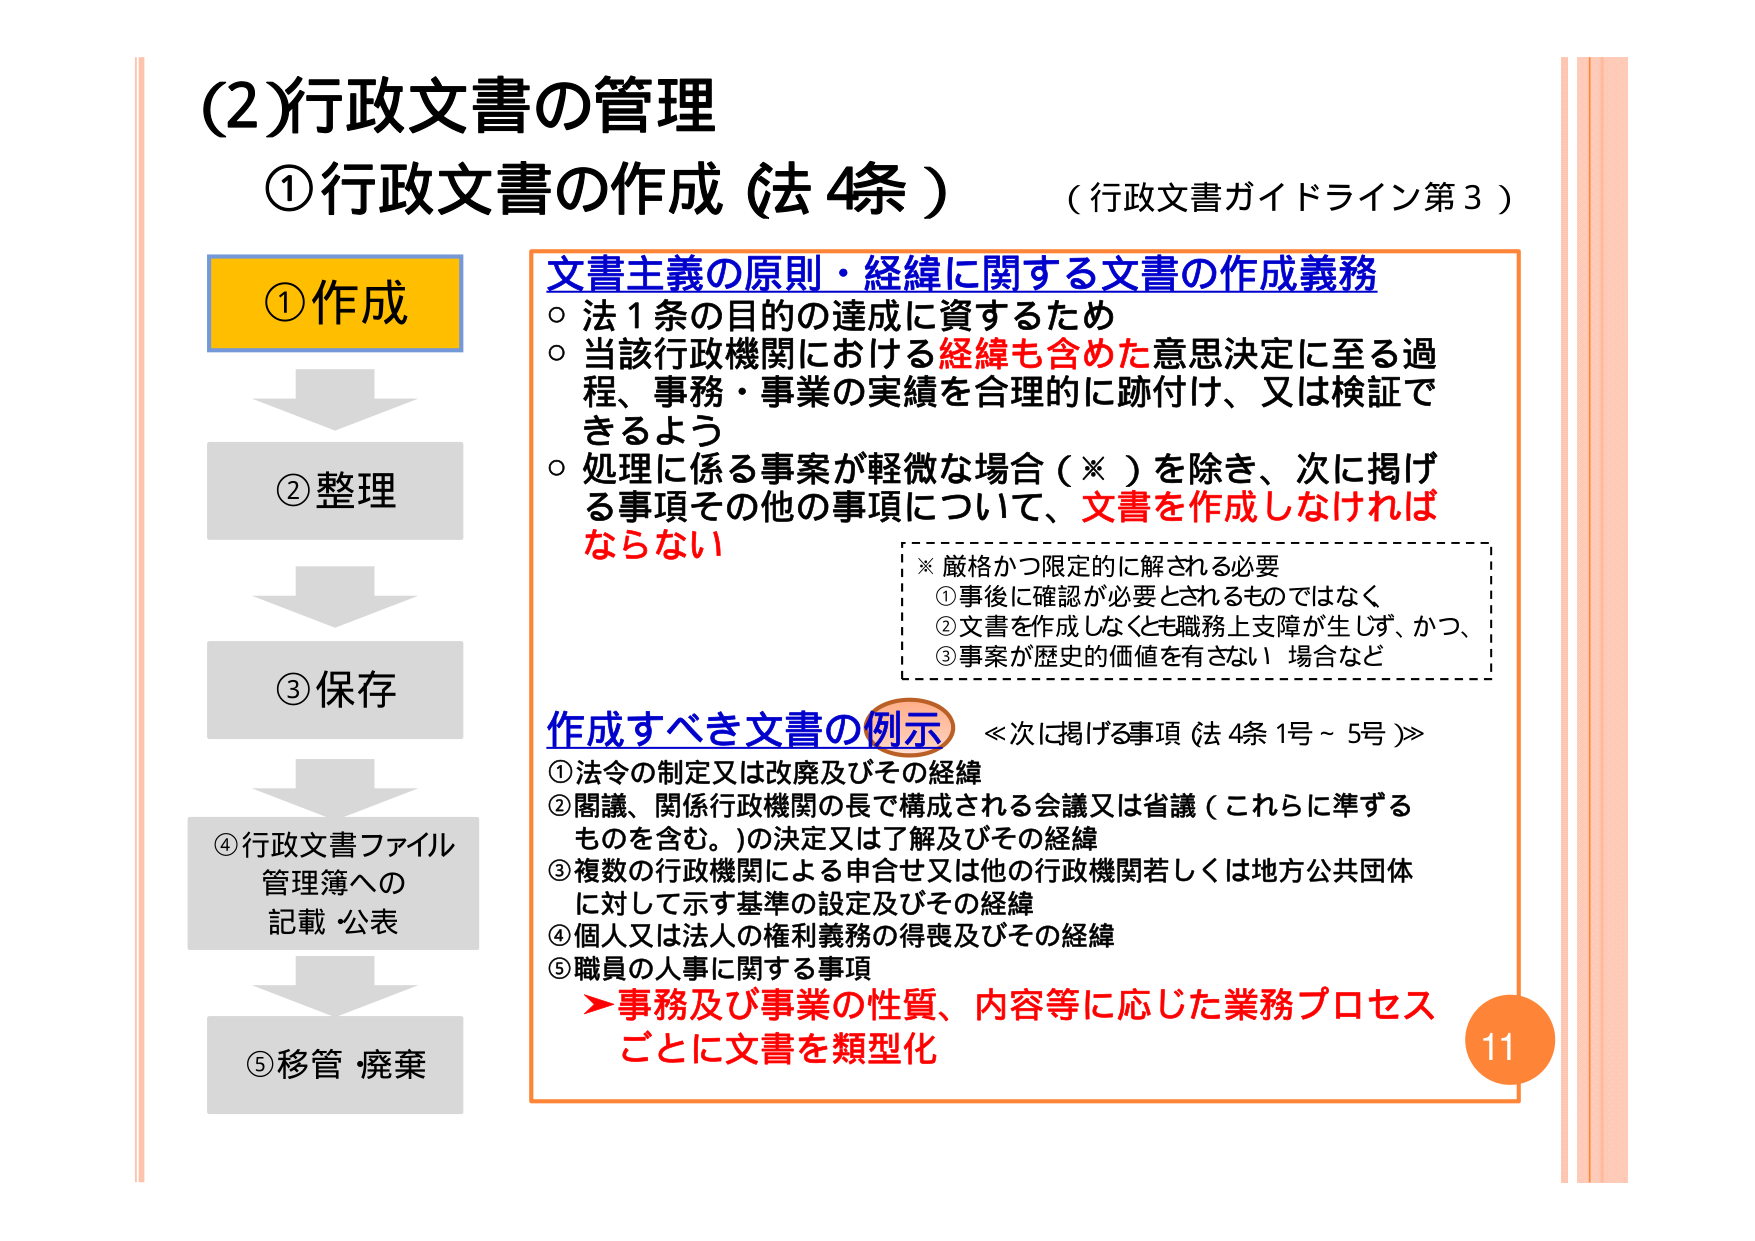
(2)行政文書の管理
①行政文書の作成（法4条） （行政文書ガイドライン第3）

①作成
②整理
③保存
④行政文書ファイル管理簿への記載・公表
⑤移管・廃棄

文書主義の原則・経緯に関する文書の作成義務
○ 法1条の目的の達成に資するため
○ 当該行政機関における経緯も含めた意思決定に至る過程、事務・事業の実績を合理的に跡付け、又は検証できるよう
○ 処理に係る事案が軽微な場合（※）を除き、次に掲げる事項その他の事項について、文書を作成しなければならない

※ 厳格かつ限定的に解される必要
① 事後に確認が必要とされるものではなく、
② 文書を作成しなくとも職務上支障が生じず、かつ、
③ 事案が歴史的価値を有さない場合など

作成すべき文書の例示 ≪次に掲げる事項（法4条1号～5号）≫
① 法令の制定又は改廃及びその経緯
② 閣議、関係行政機関の長で構成される会議又は省議（これらに準ずるものを含む。）の決定又は了解及びその経緯
③ 複数の行政機関による申合せ又は他の行政機関若しくは地方公共団体に対して示す基準の設定及びその経緯
④ 個人又は法人の権利義務の得喪及びその経緯
⑤ 職員の人事に関する事項
→ 事務及び事業の性質、内容等に応じた業務プロセスごとに文書を類型化

11